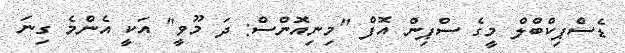
ޑެސްޕިކްބްލް މީގެ ސްޕިން އޮފް "މިނިއޮންސް: ދަ މޫވީ" އަކީ އެންމެ ގިނަ